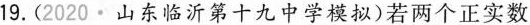
19.(2020·山东临沂第十九中学模拟)若两个正实数